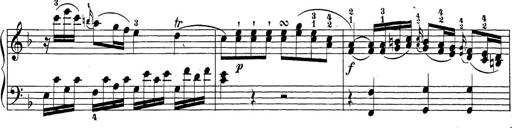
Title: Sonatina Album
Composer: Louis KÃ¶hler